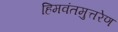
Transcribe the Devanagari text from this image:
हिमवंतमुत्तरेण